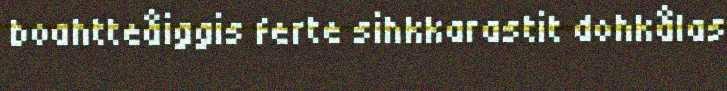
boahtteåiggis ferte sihkkarastit dohkålas